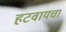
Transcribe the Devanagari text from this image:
हटवायचा